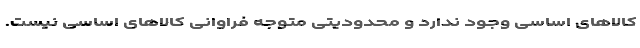
کالاهای اساسی وجود ندارد و محدودیتی متوجه فراوانی کالاهای اساسی نیست.